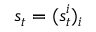
s _ { t } = ( s _ { t } ^ { i } ) _ { i }